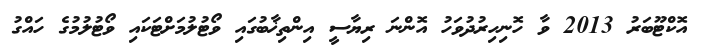
އޮކްޓޫބަރު 2013 ވާ ހޮނިހިރުދުވަހު އޮންނަ ރިޔާސީ އިންތިޚާބުގައި ވޯޓުލުމަށްޓަކައި ވޯޓުލުމުގެ ހައްގު